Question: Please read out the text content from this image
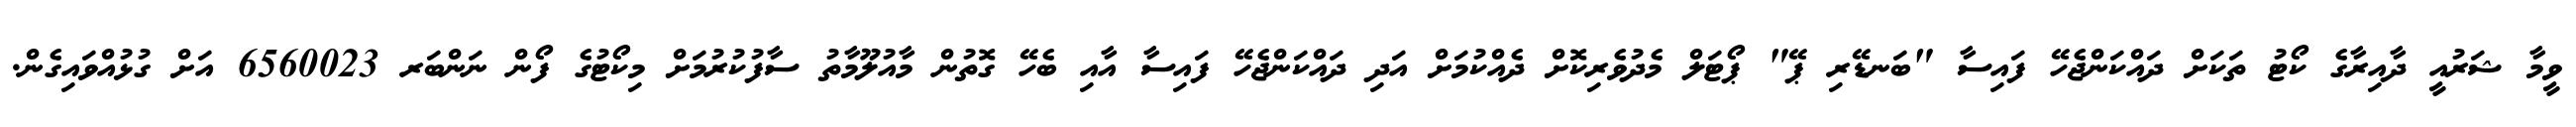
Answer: ވީމާ ޝަރުއީ ދާއިރާގެ ކޯޓު ތަކަށް ދައްކަންޖެހޭ ފައިސާ "ބަނޑޭރި ޕޭ" ޕޯޓަލް މެދުވެރިކޮށް ދެއްކުމަށް އަދި ދައްކަންޖެހޭ ފައިސާ އާއި ބެހޭ ގޮތުން މާއުލޫމާތު ސާފުކުރުމަށް މިކޯޓުގެ ފޯން ނަންބަރ 6560023 އަށް ގުޅުއްވައިގެން.